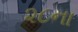
૨૮ના